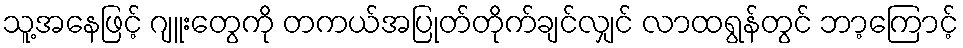
သူ့အနေဖြင့် ဂျူးတွေကို တကယ်အပြုတ်တိုက်ချင်လျှင် လာထရွန်တွင် ဘာ့ကြောင့်